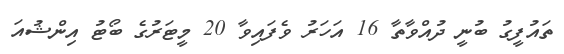
ތައުފީގު ބުނީ ދުއްވާތާ 16 އަހަރު ވެފައިވާ 20 މީޓަރުގެ ބޯޓު އިންޝުއަ